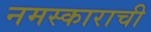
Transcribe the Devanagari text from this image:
नमस्काराची